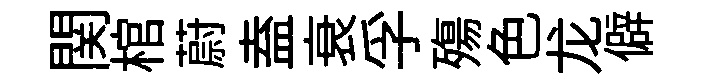
関棺蔚盍衰孚殤色龙僻